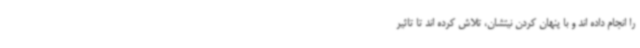
را انجام داده اند و با پنهان کردن نیتشان، تلاش کرده اند تا تاثیر